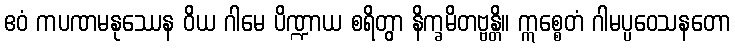
ဧဝံ ကပဏမနုဿေန ဝိယ ဂါမေ ပိဏ္ဍာယ စရိတွာ နိက္ခမိတဗ္ဗန္တိ။ ဣစ္စေတံ ဂါမပ္ပဝေသနတော